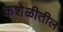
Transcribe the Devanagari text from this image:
कशेळीतील